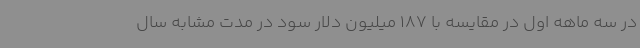
در سه ماهه اول در مقایسه با 187 میلیون دلار سود در مدت مشابه سال